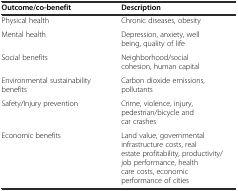
<table><thead><tr><td><b>Outcome/co-benefit</b></td><td><b>Description</b></td></tr></thead><tbody><tr><td>Physical health</td><td>Chronic diseases, obesity</td></tr><tr><td>Mental health</td><td>Depression, anxiety, well being, quality of life</td></tr><tr><td>Social benefits</td><td>Neighborhood/social cohesion, human capital</td></tr><tr><td>Environmental sustainability benefits</td><td>Carbon dioxide emissions, pollutants</td></tr><tr><td>Safety/Injury prevention</td><td>Crime, violence, injury, pedestrian/bicycle and car crashes</td></tr><tr><td>Economic benefits</td><td>Land value, governmental infrastructure costs, real estate profitability, productivity/job performance, health care costs, economic performance of cities</td></tr></tbody></table>